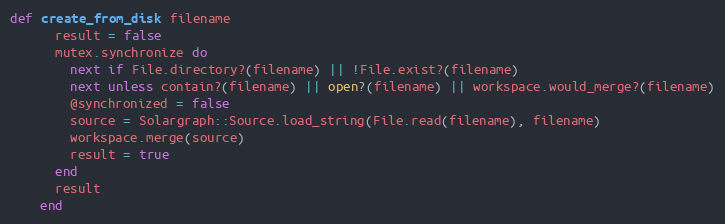
Language: Ruby
def create_from_disk filename
      result = false
      mutex.synchronize do
        next if File.directory?(filename) || !File.exist?(filename)
        next unless contain?(filename) || open?(filename) || workspace.would_merge?(filename)
        @synchronized = false
        source = Solargraph::Source.load_string(File.read(filename), filename)
        workspace.merge(source)
        result = true
      end
      result
    end